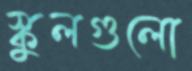
স্কুলগুলো